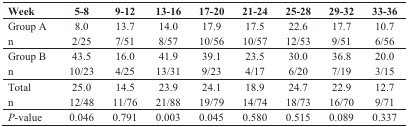
<table><thead><tr><td><b>Week</b></td><td><b>5-8</b></td><td><b>9-12</b></td><td><b>13-16</b></td><td><b>17-20</b></td><td><b>21-24</b></td><td><b>25-28</b></td><td><b>29-32</b></td><td><b>33-36</b></td></tr></thead><tbody><tr><td>Group A</td><td>8.0</td><td>13.7</td><td>14.0</td><td>17.9</td><td>17.5</td><td>22.6</td><td>17.7</td><td>10.7</td></tr><tr><td>n</td><td>2/25</td><td>7/51</td><td>8/57</td><td>10/56</td><td>10/57</td><td>12/53</td><td>9/51</td><td>6/56</td></tr><tr><td>Group B</td><td>43.5</td><td>16.0</td><td>41.9</td><td>39.1</td><td>23.5</td><td>30.0</td><td>36.8</td><td>20.0</td></tr><tr><td>n</td><td>10/23</td><td>4/25</td><td>13/31</td><td>9/23</td><td>4/17</td><td>6/20</td><td>7/19</td><td>3/15</td></tr><tr><td>Total</td><td>25.0</td><td>14.5</td><td>23.9</td><td>24.1</td><td>18.9</td><td>24.7</td><td>22.9</td><td>12.7</td></tr><tr><td>n</td><td>12/48</td><td>11/76</td><td>21/88</td><td>19/79</td><td>14/74</td><td>18/73</td><td>16/70</td><td>9/71</td></tr><tr><td><i>P</i>-value</td><td>0.046</td><td>0.791</td><td>0.003</td><td>0.045</td><td>0.580</td><td>0.515</td><td>0.089</td><td>0.337</td></tr></tbody></table>